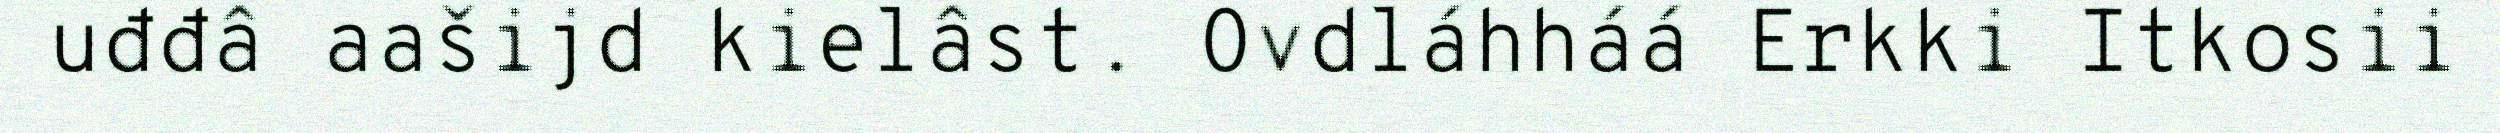
uđđâ aašijd kielâst. Ovdláhháá Erkki Itkosii